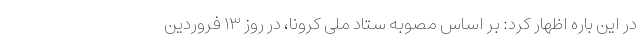
در این باره اظهار کرد: بر اساس مصوبه ستاد ملی کرونا، در روز ۱۳ فروردین